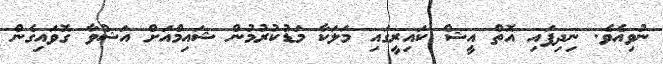
ނުވިއެވެ. ނިދިފައި އޮތް އީޝް ކައިރީގައި މަލަކާ މަޑުކުރުމުން ޝައިމްއަށް އަޝްވާ ގޮވައިގެން